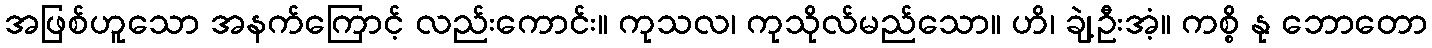
အဖြစ်ဟူသော အနက်ကြောင့် လည်းကောင်း။ ကုသလ၊ ကုသိုလ်မည်သော။ ဟိ၊ ချဲ့ဦးအံ့။ ကစ္စိ နု ဘောတော